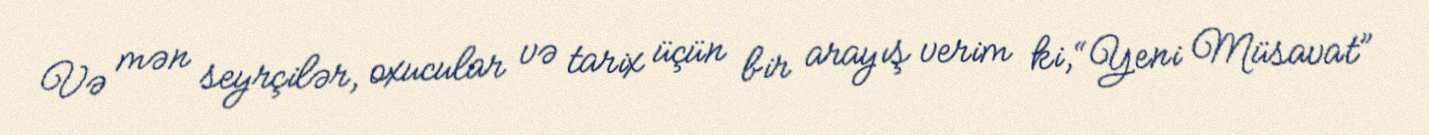
Və mən seyrçilər, oxucular və tarix üçün bir arayış verim ki, “Yeni Müsavat”